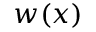
w ( x )